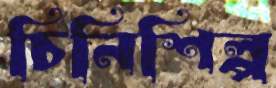
চিনিশিল্প